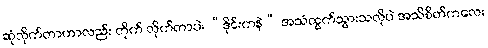
ဆုံလိုက်တာဟာလည်း တိုက် လိုက်တာပဲ၊ “ဒိုင်းကနဲ” အသံထွက်သွားသလိုပဲ အသိစိတ်ကလေး